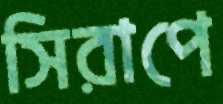
সিরাপে